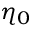
\eta _ { 0 }